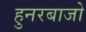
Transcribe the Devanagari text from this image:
हुनरबाजो